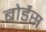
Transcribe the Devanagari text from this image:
बोर्डेस